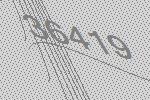
36419